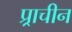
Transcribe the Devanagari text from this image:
प्र्राचीन